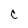
Character: C